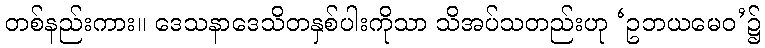
တစ်နည်းကား။ ဒေသနာဒေသိတနှစ်ပါးကိုသာ သိအပ်သတည်းဟု ‘ဥဘယမေဝ’၌